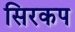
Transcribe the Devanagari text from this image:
सिरकप